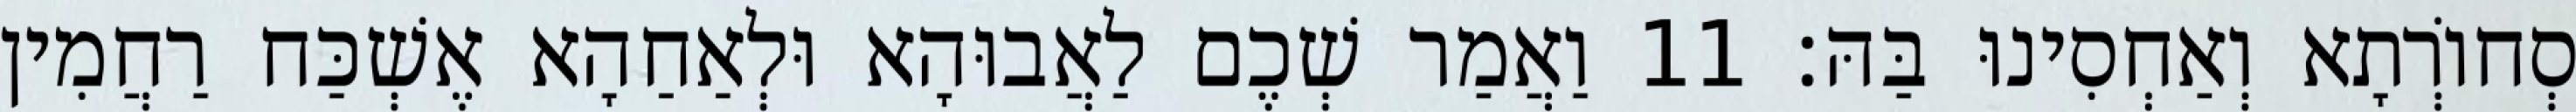
סְחוֹרְתָא וְאַחְסִינוּ בַּהּ׃ 11 וַאֲמַר שְׁכֶם לַאֲבוּהָא וּלְאַחַהָא אֶשְׁכַּח רַחֲמִין